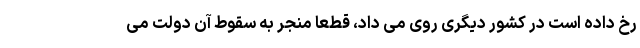
رخ داده است در کشور دیگری روی می داد، قطعاً منجر به سقوط آن دولت می